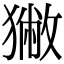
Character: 獙